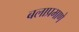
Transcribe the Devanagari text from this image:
बलाप्रमाणे